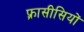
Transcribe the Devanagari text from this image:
फ़्रासीसियों